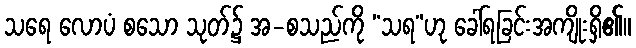
သရေ လောပံ စသော သုတ်၌ အ-စသည်ကို “သရ”ဟု ခေါ်ရခြင်းအကျိုးရှိ၏။